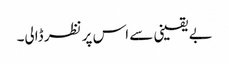
بے یقینی سے اس پر نظر ڈالی۔